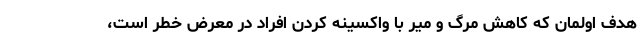
هدف اولمان که کاهش مرگ و میر با واکسینه کردن افراد در معرض خطر است،